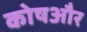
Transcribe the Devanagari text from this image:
कोषऔर